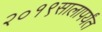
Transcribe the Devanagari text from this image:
२०१९सालापर्यंत